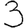
Digit: 3